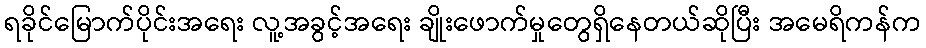
ရခိုင်မြောက်ပိုင်းအရေး လူ့အခွင့်အရေး ချိုးဖောက်မှုတွေရှိနေတယ်ဆိုပြီး အမေရိကန်က